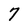
Character: 7